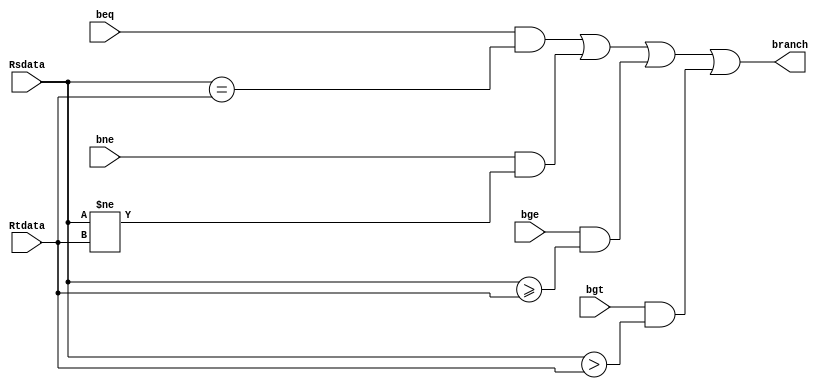
module branch_handle_unit(
    beq,
    bne,
    bge,
    bgt,
    Rsdata,
    Rtdata,
    branch
  );

  input beq;
  input bne;
  input bge;
  input bgt;
  input [31:0] Rsdata;
  input [31:0] Rtdata;
  output branch;

  assign branch = (beq & (Rsdata==Rtdata)) | (bne & (Rsdata!=Rtdata)) | (bge & (Rsdata>=Rtdata)) | (bgt & (Rsdata>Rtdata));
endmodule